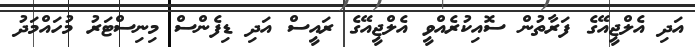
އަދި އެލްޖީއޭގެ ފަރާތުން ސޮއިކުރެއްވީ އެލްޖީއޭގެ ރައީސް އަދި ޑިފެންސް މިނިސްޓަރު މުހައްމަދު